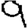
Digit: 9